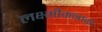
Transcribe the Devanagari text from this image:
लक्ष्मीकन्तको